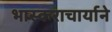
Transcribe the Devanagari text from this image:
भास्कराचार्याने